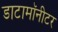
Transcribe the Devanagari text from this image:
डाटामॉनीटर